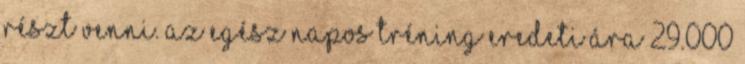
részt venni. Az egész napos tréning eredeti ára 29.000